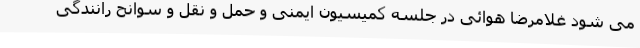
می شود غلامرضا هوائی در جلسه کمیسیون ایمنی و حمل و نقل و سوانح رانندگی